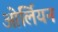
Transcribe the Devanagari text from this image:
ओर्लियन